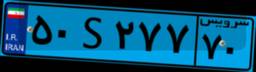
۶۴S۸۸۴۷۵